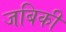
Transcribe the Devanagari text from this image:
जबिकी